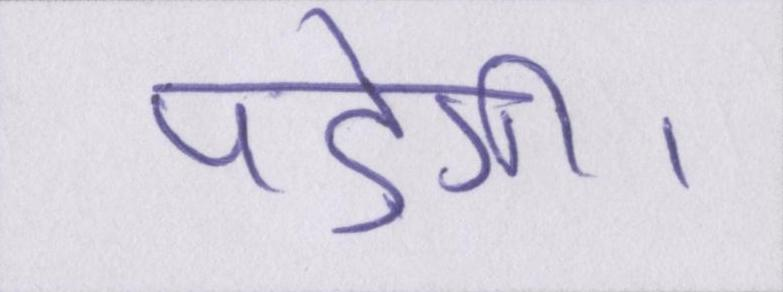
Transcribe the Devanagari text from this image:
पड़ेगी।